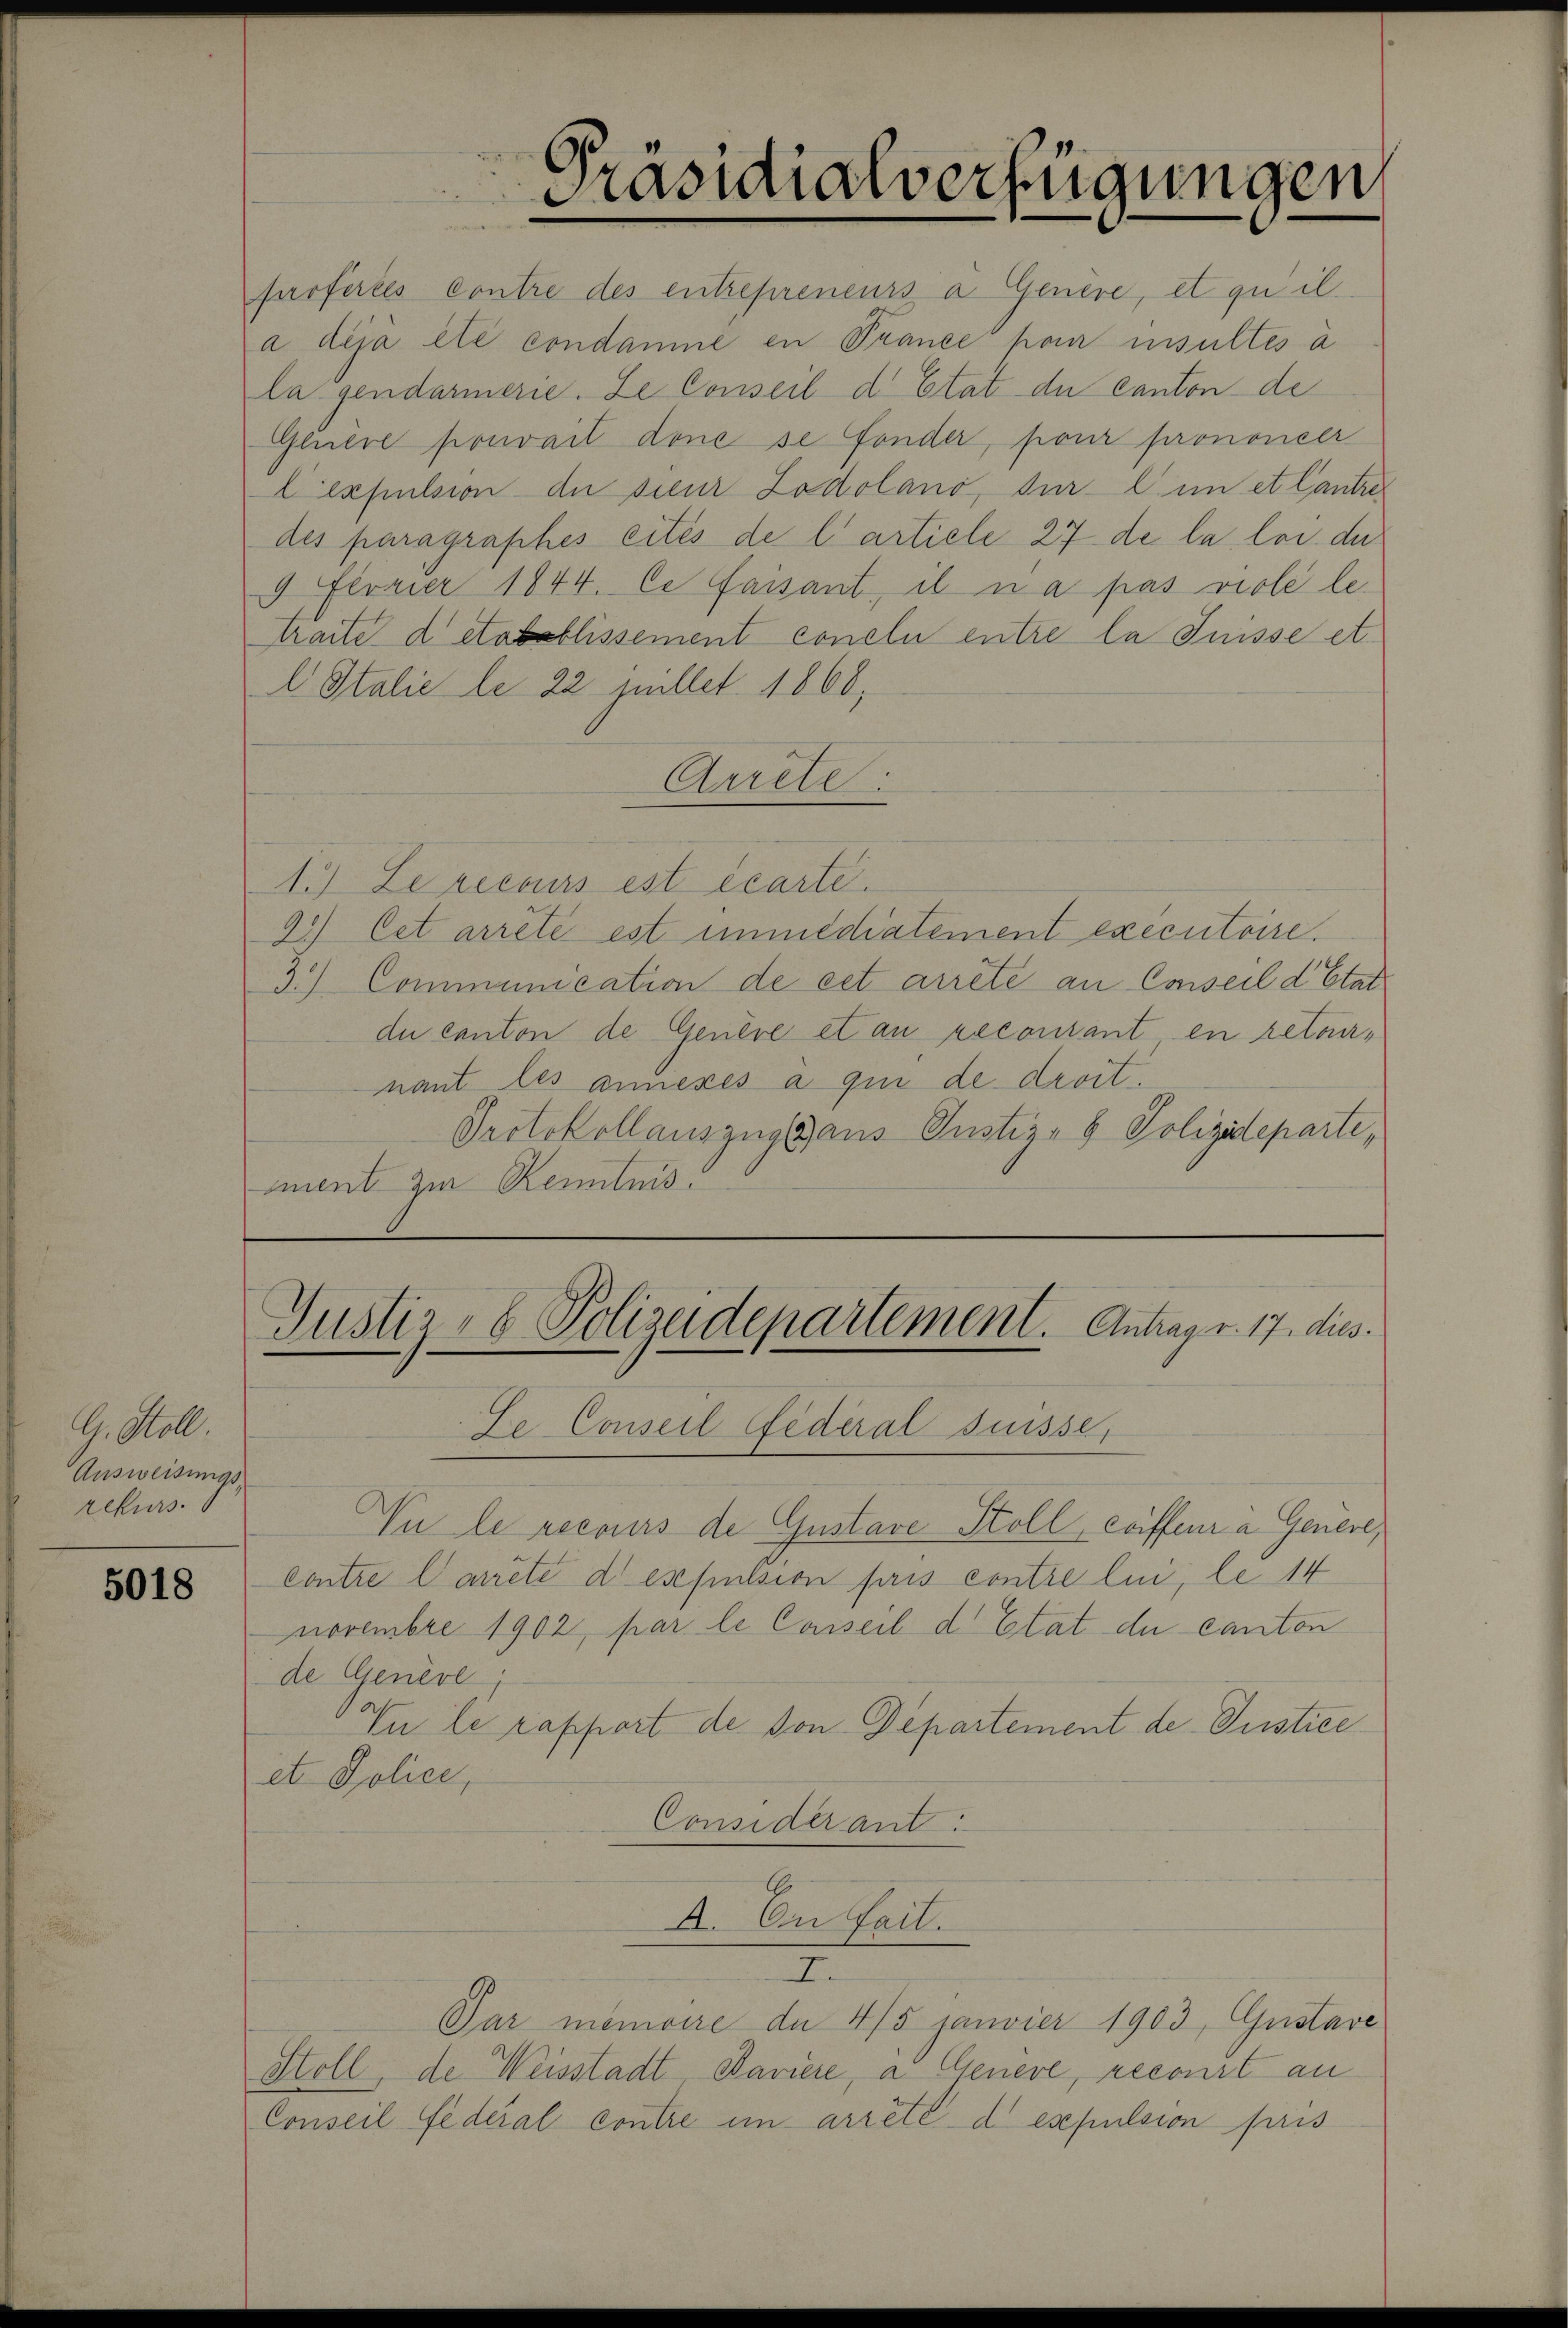
G. Woll
Ausweisungsrekurs

5018

ferfertes contre des entrepreneurs a Genere, et quil
a déjà été condamne en Prance pour insultés à
la gendarmerie. Le Conseil d’Etat de canton de
Gluere pouvait dene se fonder, pour prononcer
Cexpulsion de sieur Zodolano, sur l. in et lantre
des paragraphes eités de l’artiele 27 de la loi de
9 Florier 1844. Ce faisant, il n’a pas viole letraite detablissement conclu entre la Suisse et
l Italie le 22 sullet. 1868,
Arrete:
1.) Le recours est écarte.
2) Cet arrêté est immediatement exécutoire.
3.) Communication de cet arrete an Conseil d’Etat
du canton de Genere et an recourant en retairnant les amiexes a qui de droit.
Protokollauszug aus Justiz- & Poliziteparti,
ment zur Kenntnis¬

Präsidialverfügungen

Justiz- & Polizeidepartement. Antrag v. 17. dies.
Ze Conseil Federal Suisse,

Vu le recours de Gustare Stoll, Coiffeur à Genere,
contre larrete despulsion pris contre lui, le 14
novembre 1902, par le Casseil d’Etat de canton
de Genève
In le rapport de von Departement de Justice
et Police,
Considerant.

A. In Fail.

I

Conseil fédéral contre im arrêté de espulsion pris

Par memoire du 4/5 janvier 1903, Gustave
Stoll, de Weisstadt Baviere, a Geneve, recourt an